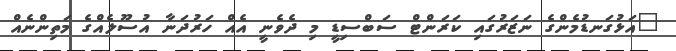
"އަޅުގަނޑުމެންގެ ނަޒަރުގައި ކަރަންޓް ސަބްސިޑީ މި ދެވެނީ އެއް ހަރުދަނާ އުސޫލެއްގެ މަތިންނެއް